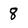
Character: 8